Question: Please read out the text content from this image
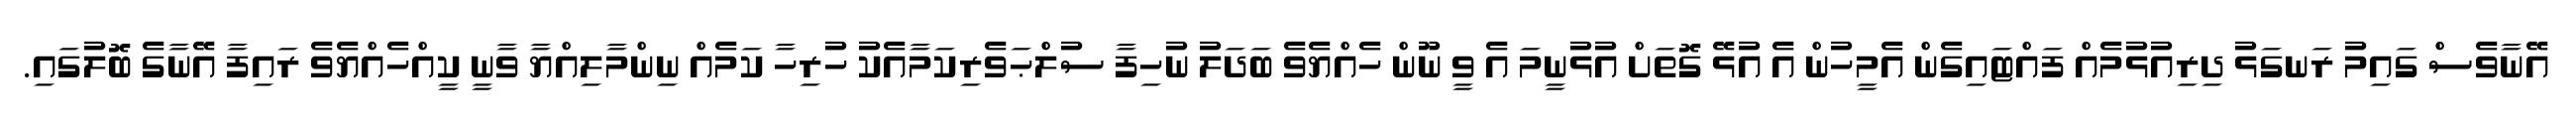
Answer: އޭނާވެސް ގައިމު ރަނގަޅު ދިރިއުޅުމެއް ފައްޓައިގެން އެމީހުން އެ އުޅޭ ގޮތަށް އުޅުނީމަ އެ ވީ ނޫން ހެއްޔެވެ ބަދަލު ނުހިފާ ސުލްޙަވެރިކަމާއެކު ހުރިހާ ކަމެއް ނިންމާލިއްޔާ ވާނީ ކީއްހެއްޔެވެ ރައިފާ އޭނާގެ ބޮލުގައި.